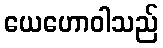
ယေဟောဝါသည်